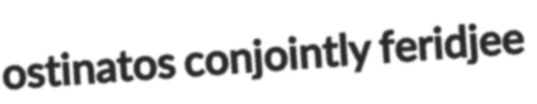
ostinatos conjointly feridjee